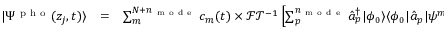
\begin{array} { c c l } { | \Psi ^ { \mathrm { ~ p ~ h ~ o ~ } } ( z _ { j } , t ) \rangle } & { = } & { \sum _ { m } ^ { N + n _ { \mathrm { ~ m ~ o ~ d ~ e ~ } } } c _ { m } ( t ) \times \mathcal { F T } ^ { - 1 } \left[ \sum _ { p } ^ { n _ { \mathrm { ~ m ~ o ~ d ~ e ~ } } } \hat { a } _ { p } ^ { \dagger } | \phi _ { 0 } \rangle \langle \phi _ { 0 } | \hat { a } _ { p } | \psi ^ { m } \rangle \right] } \end{array}